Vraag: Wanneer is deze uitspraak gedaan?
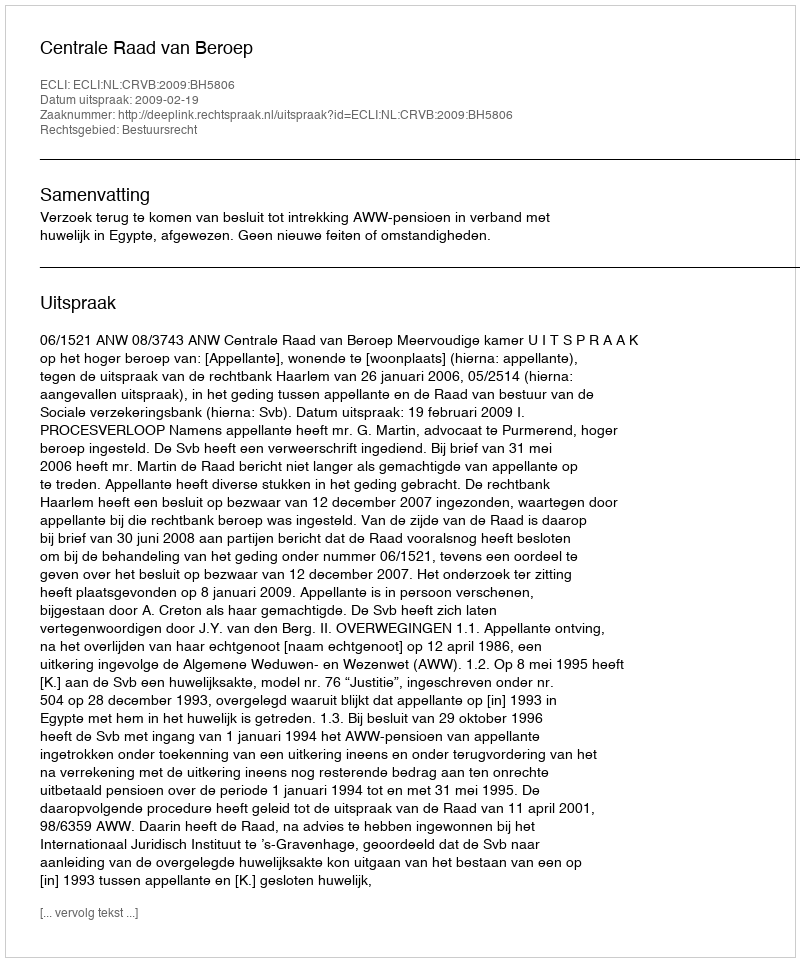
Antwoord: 2009-02-19